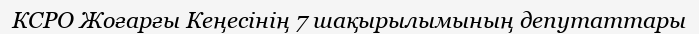
КСРО Жоғарғы Кеңесінің 7 шақырылымының депутаттары